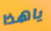
ياهذا